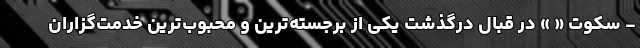
- سکوت « » در قبال درگذشت یکی از برجسته‌ترین و محبوب‌ترین خدمت‌گزاران